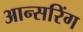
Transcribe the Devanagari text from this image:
आन्सरिंग